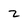
Character: 2